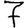
Digit: 7